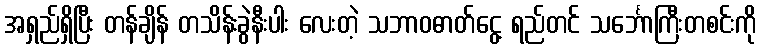
အရှည်ရှိပြီး တန်ချိန် တသိန်းခွဲနီးပါး လေးတဲ့ သဘာဝဓာတ်ငွေ့ ရည်တင် သင်္ဘောကြီးတစင်းကို